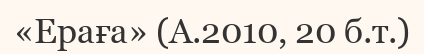
«Ераға» (А.2010, 20 б.т.)